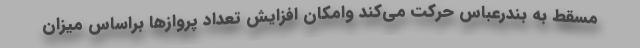
مسقط به بندرعباس حرکت می‌کند وامکان افزایش تعداد پروازها براساس میزان